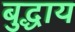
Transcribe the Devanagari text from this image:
बुद्धाय